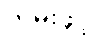
လမ်းဖွင့်